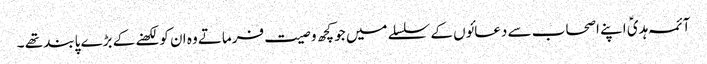
آئمہ ہدیؑ اپنے اصحاب سے دعائوں کے سلسلے میں جو کچھ و صیت فرماتے وہ ان کو لکھنے کے بڑے پابند تھے ۔